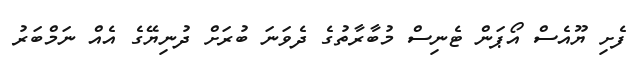
ފެށި ޔޫއެސް އޯޕަން ޓެނިސް މުބާރާތުގެ ދެވަނަ ބުރަށް ދުނިޔޭގެ އެއް ނަމްބަރު